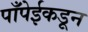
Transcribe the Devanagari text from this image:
पाँपेईकडून